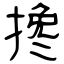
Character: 搀